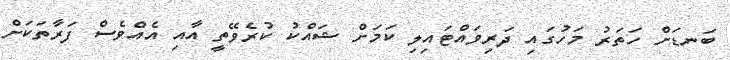
ބަނޑަށް ހަތަރު މަހުގައި ދަރިވައްޓައިލި ކަމަށް ޝައްކު ކުރެވޭތީ އާއި އެއްވެސް ފަރާތަކަށް